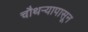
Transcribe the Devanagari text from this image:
चौथऱ्यापासून